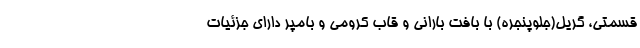
قسمتی، گریل(جلوپنجره) با بافت بارانی و قاب کرومی و بامپر دارای جزئیات